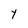
Character: Y